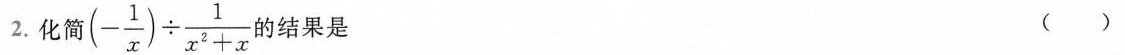
2.化简$$( - \frac { 1 } { x } ) \div \frac { 1 } { x ^ { 2 } + x }$$的结果是 ( )